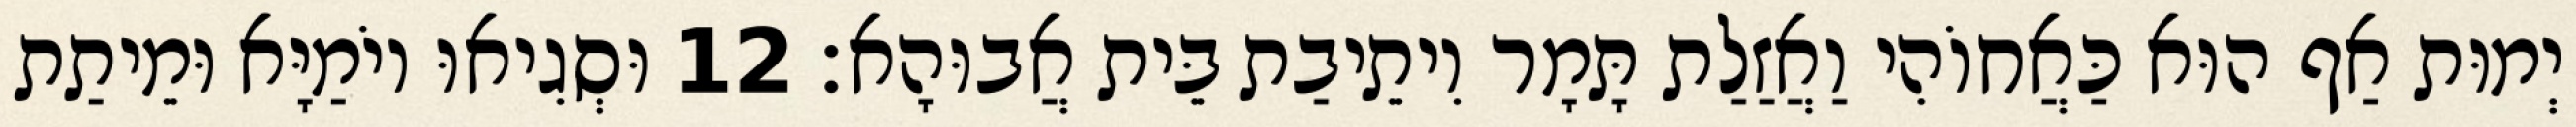
יְמוּת אַף הוּא כַּאֲחוֹהִי וַאֲזַלַת תָּמָר וִיתֵיבַת בֵּית אֲבוּהָא׃ 12 וּסְגִיאוּ יוֹמַיָּא וּמֵיתַת